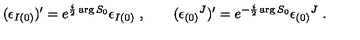
( \epsilon _ { I ( 0 ) } ) ^ { \prime } = e ^ { { \frac { i } { 2 } } \arg S _ { 0 } } \epsilon _ { I ( 0 ) } \ , \qquad ( \epsilon _ { ( 0 ) } { } ^ { J } ) ^ { \prime } = e ^ { - { \frac { i } { 2 } } \arg S _ { 0 } } \epsilon _ { ( 0 ) } { } ^ { J } \ .